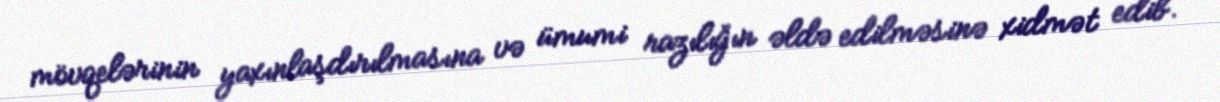
mövqelərinin yaxınlaşdırılmasına və ümumi razılığın əldə edilməsinə xidmət edib.